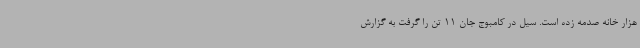
هزار خانه صدمه زده است. سیل در کامبوج جان 11 تن را گرفت به گزارش